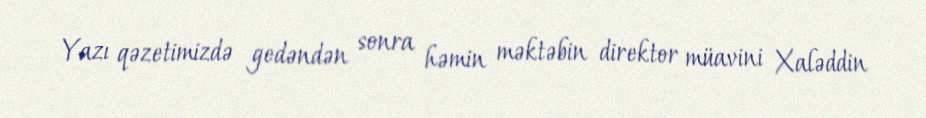
Yazı qəzetimizdə gedəndən sonra həmin məktəbin direktor müavini Xaləddin